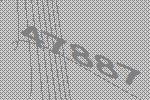
47887